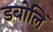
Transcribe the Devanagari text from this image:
डबोलिं